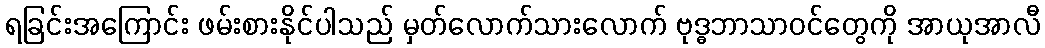
ရခြင်းအကြောင်း ဖမ်းစားနိုင်ပါသည် မှတ်လောက်သားလောက် ဗုဒ္ဓဘာသာဝင်တွေကို အာယုအာလီ